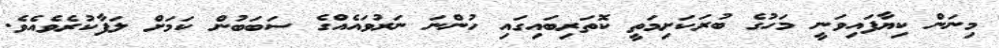
މިނަން ކިޔާފައިވަނީ މަހުގެ ބުރަކަށިމަތީ ކޮތަރިބައިގައި ހުންނަ ނަރުވައެއްގެ ސަބަބުން ކަމަށް ލަފާކުރެވެއެވެ.